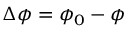
\Delta \phi = \phi _ { 0 } - \phi